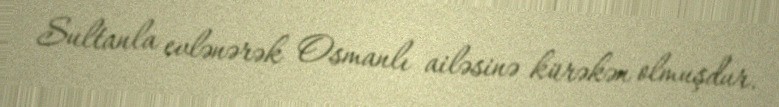
Sultanla evlənərək Osmanlı ailəsinə kürəkən olmuşdur.